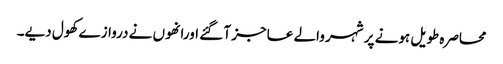
محاصرہ طویل ہونے پر شہر والے عاجز آ گئے اورانھوں نے دروازے کھول دیے۔